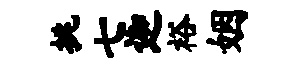
挑七迦裕姻